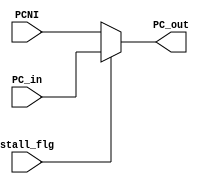
/*
* 	Nathan Chinn
* 	Minion CPU - NanoQuarter
*
*	Module:  PC Mux
*	Inputs:  PC, PC Next Instruction, Stall flag
*	Outputs: PC 
*	
*/

module PCMUX(	input[31:0]		PC_in,  	// Same Program Count
		input[31:0]		PCNI,		// Program Counter from Branch Selection
		input			stall_flg,	// Stall Flag
		output reg[31:0]	PC_out		// Next Instruction Program Counter	
	  );

	always @(*)
	begin
		if (stall_flg == 1)
			PC_out = PC_in;
		else
			PC_out = PCNI;
	end
endmodule